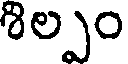
శిల్పం